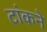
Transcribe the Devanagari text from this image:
टांकने